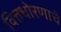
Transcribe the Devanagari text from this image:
वित्तधोरणाचे